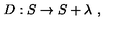
D : S \rightarrow S + \lambda \ ,